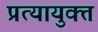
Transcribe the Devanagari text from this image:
प्रत्यायुक्त